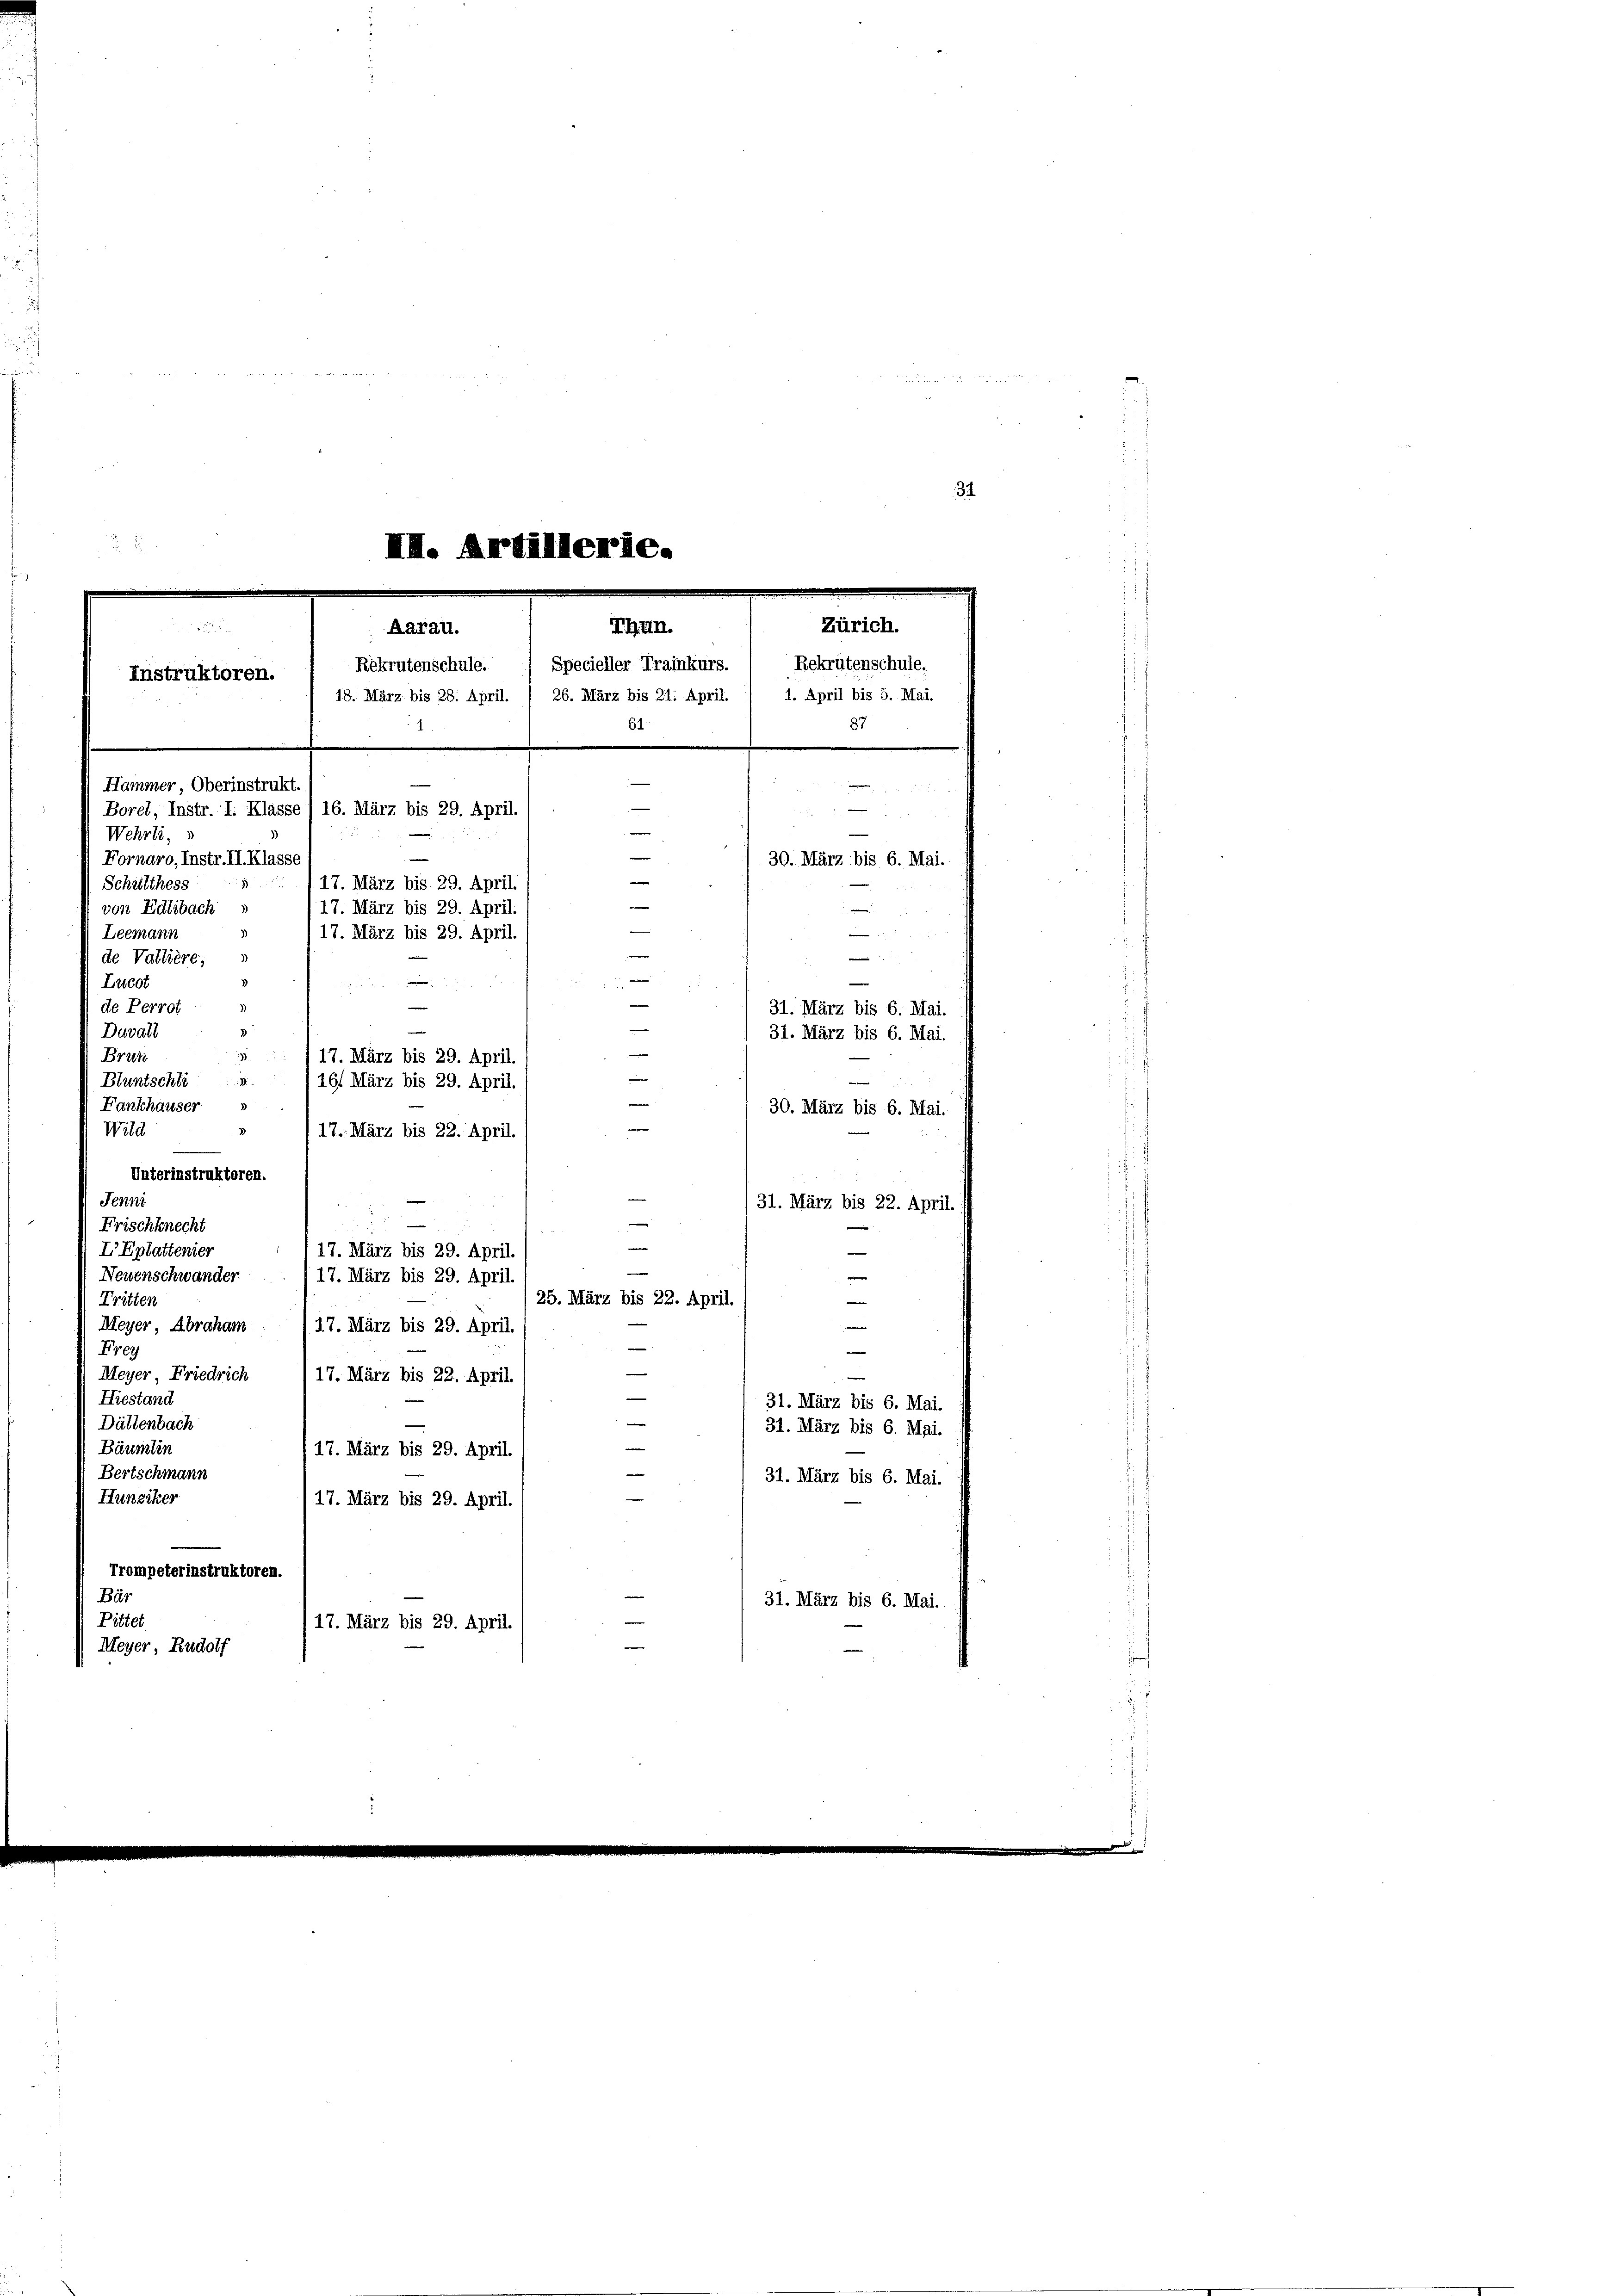
1

34

II. Artillerie.
Thun.
Zürich.
.
Aarau.
Rekrutenschule. , Specieller Trainkurs. , Rekrutenschule.
Instruktoren.
18. März bis 28. April. 1 26. März bis 21. April. / 1. April bis 5. Mai.
61
87
Hammer, Oberinstrukt.

Meyer, Rudolf

Borel, Instr. I. Klasse) 16. März bis 29. April.
Wehrli,
Fornaro, Instr. II. Klasse
Schulthess
.
von Edlibach
Leemann
de Valliere;
Lucot
de Perrot
Duvall
Brun
Bluntschli
Fankhauser
30. März bis 6. Mai.
Wild
Unterinstruktoren.
Jenni
31. März bis 22. April.
Frischknecht
e
I Eplattenier
17. März bis 29. April.
Newenschwander
i
17. März bis 29. April
—
25. März bis 22. April.
Tritten
e
Meyer Abraham
17. März bis 29. April.
—
Frey
Meyer, Friedrich
117. März bis 22. April.
e
—
Hiestand
31. März bis 6. Mai.
Dättenbach
31. März bis 6. Mai.
e
Bäumlin
17. März bis 29. April.
Bertschmann
31. März bis 6. Mai.
Hunziker
17. März bis 29. April.
Trompeterinstruktoren.
Bär
31. März bis 6. Mai.
Pittet
17. März bis 29. April.

—
e
e
30. März bis 6. Mai.
e
17. März bis 29. April.
e
17. März bis 29. April.
.

e
17. März bis 29. April.
e
e

e

e

31. März bis 6. Mai.
e
31. März bis 6. Mai.
3/17. März bis 29. April.
/161 März bis 29. April.

17. März bis 22. April.